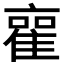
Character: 𮥿